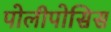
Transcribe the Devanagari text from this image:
पोलीपोसिस